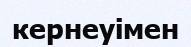
кернеуімен